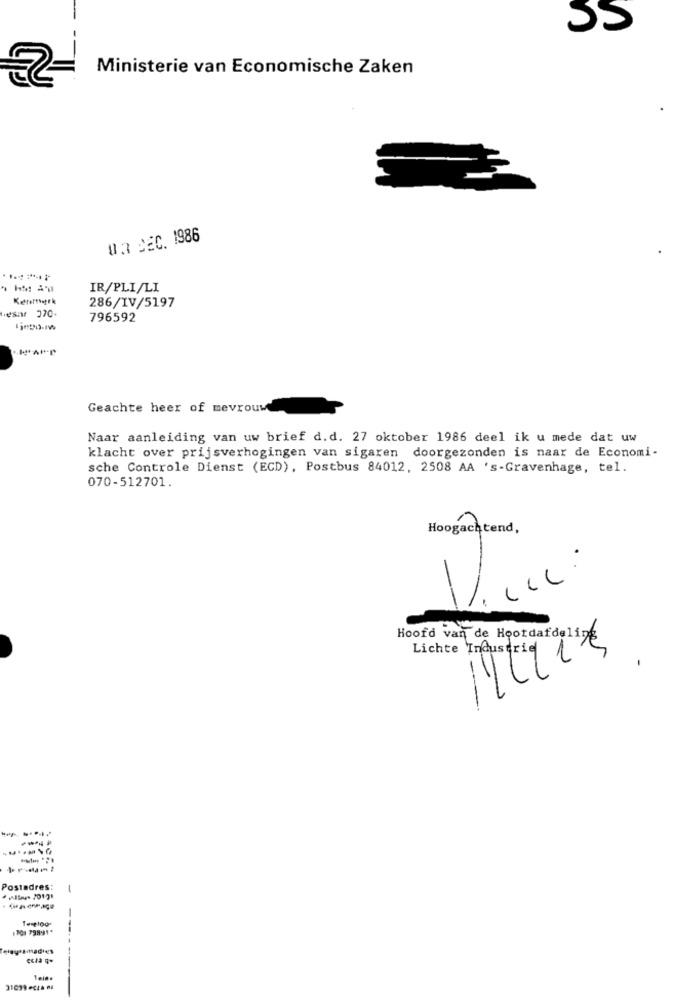
Ministerie van Economische Zaken
OR SEC. 1986
IR/PLI/LI
Ketemark
286/IV/5197
Resar 370.
796592
Geachte heer of mevrouw
Naar aanleiding van uw brief d.d. 27 oktober 1986 deel ik u mede dat uw
klacht over prijsverhogingen van sigaren doorgezonden is naar de Economi-
sche Controle Dienst (ECD), Postbus 84012, 2508 AA 's-Gravenhage, tel.
070-512701.
Hoogachtend,
.
--
Hoofd van de Noordafdeling
Postadres:
-
DO1 79991*
.amadies
31099 -cza 08